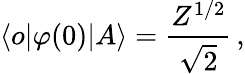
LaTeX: \langle o|\varphi(0)|A\rangle=\frac{Z^{1/2}}{\sqrt{2}}\, ,